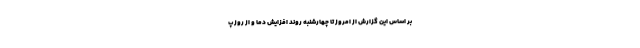
بر اساس این گزارش از امروز تا چهارشنبه روند افزایش دما و از روز پ